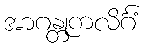
အာဂန္တုကလိင်္ဂံ